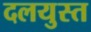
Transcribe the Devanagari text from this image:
दलयुस्त